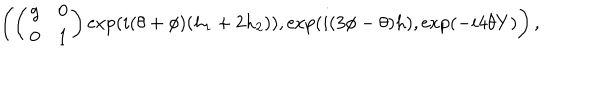
\left( \left( \begin{array} { c c } { { g } } & { { 0 } } \\ { { 0 } } & { { 1 } } \\ \end{array} \right) \exp ( i ( \theta + \phi ) ( h _ { 1 } + 2 h _ { 2 } ) ) , \exp ( i ( 3 \phi - \theta ) h ) , \exp ( - i 4 \theta Y ) \right) ,